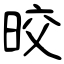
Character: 晈